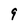
Character: 9